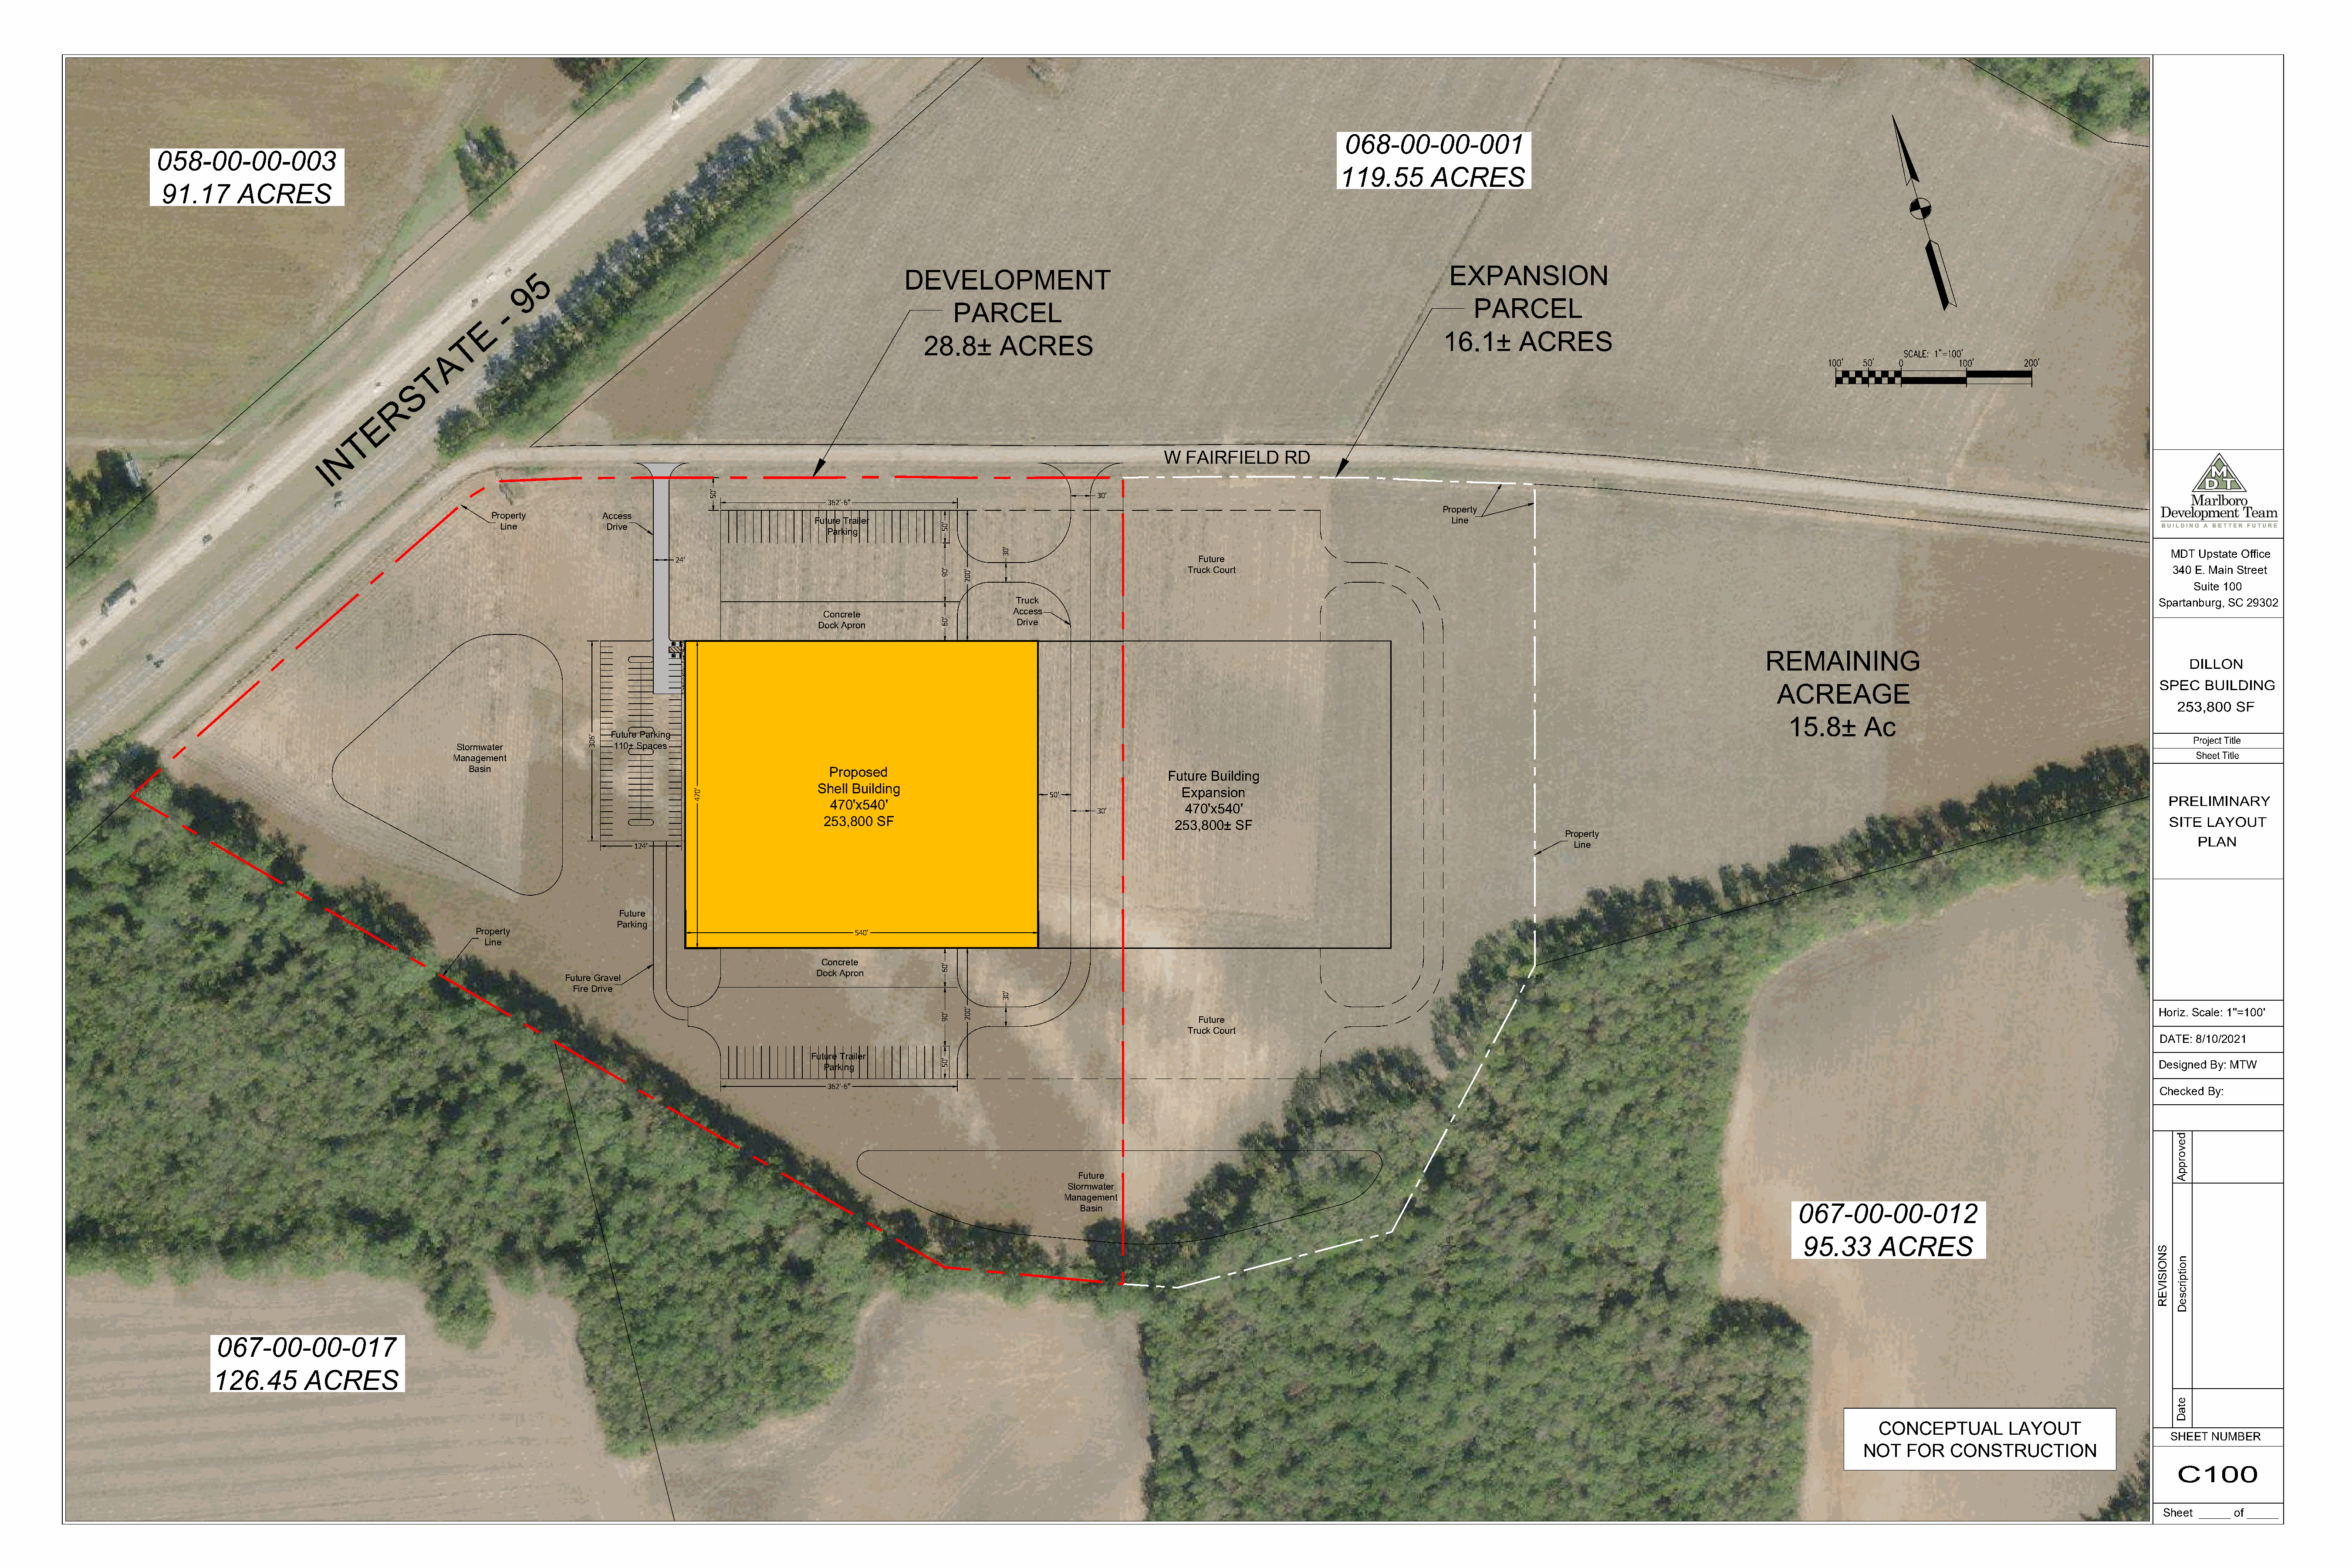
068-00-00-001
 058-00-00-003
 119.55       ACRES
 91.17       ACRES
 EXPANSION
 5                                                       DEVELOPMENT
 9
 PARCEL
 -                                                                    PARCEL
 E
 16.1±       ACRES
 T                                                                     28.8±       ACRES
 A
 T
 S
 R
 E
 T
 N
 W  FAIRFIELD      RD
 I
 30'
 362'-6"
 Property
 Property         Access
 Future Trailer                                                                                   Line
 Line            Drive
 Parking
 MDT Upstate Office
 24'                                                                            Future
 Truck Court                                                                                                                                          340 E. Main Street
 Suite 100
 Truck                                                                                                                                                                         Spartanburg, SC 29302
 Access
 Concrete
 Drive
 Dock Apron
 REMAINING
 DILLON
 SPEC    BUILDING
 ACREAGE
 253,800   SF
 15.8±      Ac
 Future Parking
 Project Title
 Stormwater              110± Spaces
 Sheet Title
 Management
 Basin                                                  Proposed
 Future Building
 Shell Building
 Expansion
 50'                                                                                                                                                                       PRELIMINARY
 470'x540'
 470'x540'
 30'
 253,800 SF                                                                                                                                                                                                   SITE  LAYOUT
 253,800± SF
 Property
 PLAN
 124'                                                                                                                                           Line
 Future
 Parking
 Property                                                  540'
 Line
 Concrete
 Dock Apron
 Future Gravel
 Fire Drive
 Horiz. Scale: 1''=100'
 Future
 Truck Court
 DATE: 8/10/2021
 Future Trailer
 Designed By: MTW
 Parking
 362'-6"
 Checked By:
 Future
 Stormwater
 Management
 067-00-00-012
 Basin
 95.33       ACRES
 067-00-00-017
 126.45        ACRES
 CONCEPTUAL         LAYOUT
 SHEET NUMBER
 NOT    FOR   CONSTRUCTION
 C100
 Sheet _____ of _____
 '603
 '074
 '05
 '05
 '09
 '06
 '06
 '09
 '05
 '002
 '002
 '03
 '03
 SNOISIVER
 devorppA
 noitpircseD
 etaD